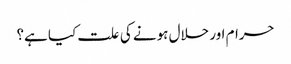
حرام اور حلال ہونے کی علت کیا ہے؟